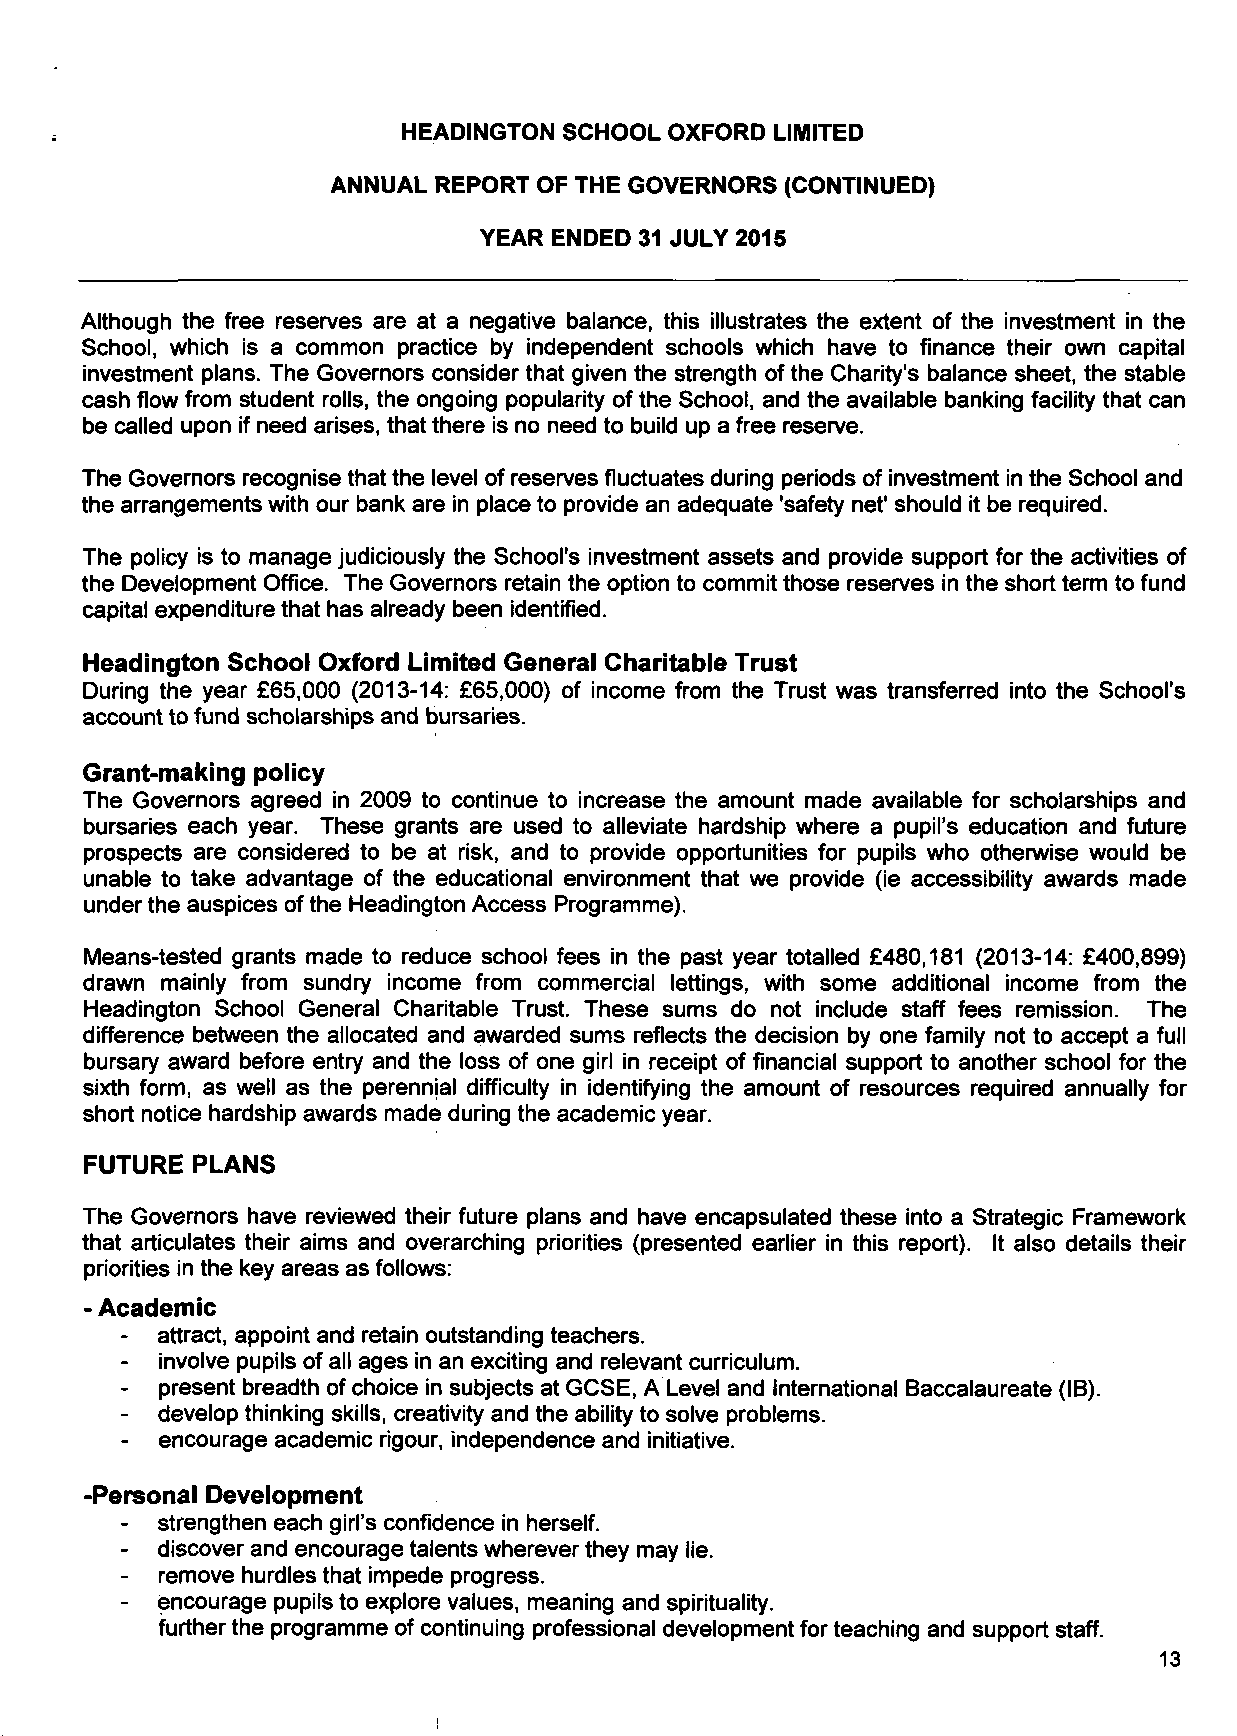
HEADINGTON SCHOOL OXFORD LIMITED
 ANNUAL REPORT OF THE GOVERNORS (CONTINUED)
 YEAR ENDED 31 JULY 2015
 Although the free reserves are at a negative balance, this illustrates the extent of the investment in the
 School, vvhich is a common practice by independent schools which have to finance their own capital
 investment plans. The Governors consider that given the strength of the Charity's balance sheet, the stable
 cash flow from student rolls, the ongoing popularity of the School, and the available banking facility that can
 be called upon if need arises, that there is no need to build up a free reserve.
 The Governors recognise that the level of reserves fluctuates during periods of investment in the School and
 the arrangements with our bank are in place to provide an adequate 'safety net' should it be required.
 The policy is to manage judiciously the School's investment assets and provide support for the activities of
 the Development Office. The Governors retain the option to commit those reserves in the short term to fund
 capital expenditure that has already been identified.
 Headington School Oxford Limited General Charitable Trust
 During the year £65,000 (2013-14: £65,000) of income from the Trust was transferred into the School's
 account to fund scholarships and bursaries.
 Grant-making policy
 The Governors agreed in 2009 to continue to increase the amount made available for scholarships and
 bursaries each year. These grants are used to alleviate hardship where a pupil's education and future
 prospects are considered to be at risk, and to provide opportunities for pupils who otherwise would be
 unable to take advantage of the educational environment that we provide (ie accessibility awards made
 under the auspices of the Headington Access Programme).
 Means-tested grants made to reduce school fees in the past year totalled £480,181 (2013-14: £400,899)
 drawn mainly from sundry income from commercial lettings, with some additional income from the
 Headington School General Charitable Trust. These sums do not include staff fees remission. The
 difference between the allocated and awarded sums reflects the decision by one family not to accept a full
 bursary award before entry and the loss of one girl in receipt of financial support to another school for the
 sixth form, as well as the perennial difficulty in identifying the amount of resources required annually for
 short notice hardship awards made during the academic year.
 FUTURE PLANS
 The Governors have reviewed their future plans and have encapsulated these into a Strategic Framework
 that articulates their aims and overarching priorities (presented earlier in this report). It also details their
 priorities in the key areas as follows:
 - Academic
 - attract, appoint and retain outstanding teachers.
 involve pupils of all ages in an exciting and relevant curriculum.
 -  present breadth of choice in subjects at GCSE, A Level and International Baccalaureate (IB).
 -  develop thinking skills, creativity and the ability to solve problems.
 -  encourage academic rigour, independence and initiative.
 -Personal Development
 -  strengthen each girl's confidence in herself.
 - discover and encourage talents wherever they may lie.
 -  remove hurdles that impede progress.
 - encourage pupils to explore values, meaning and spirituality.
 further the programme of continuing professional development for teaching and support staff.
 13